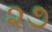
૨૭